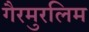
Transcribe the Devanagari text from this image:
गैरमुरलिम